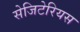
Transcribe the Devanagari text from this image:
सेजिटेरियस